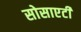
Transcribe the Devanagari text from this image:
सोसाएटी